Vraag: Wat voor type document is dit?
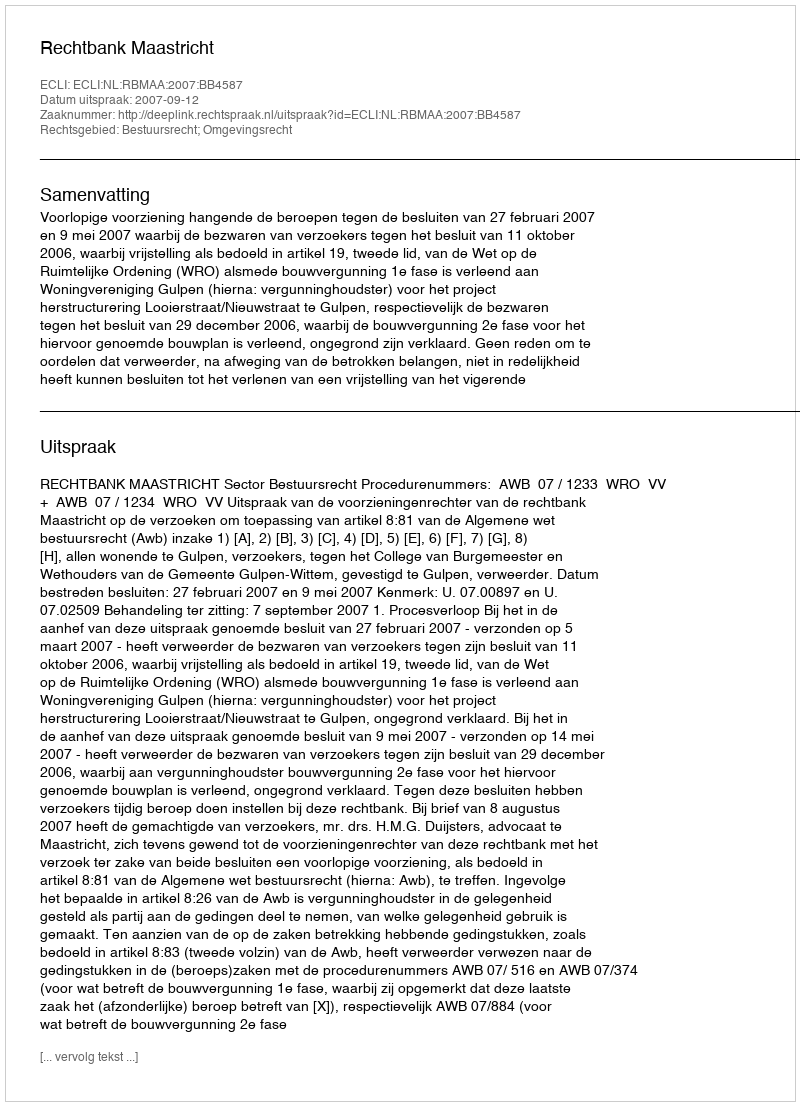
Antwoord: Uitspraak